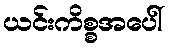
ယင်းကိစ္စအပေါ်